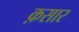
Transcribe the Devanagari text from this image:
क़सार